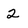
Character: 2